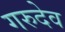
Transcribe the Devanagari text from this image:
गरुदेव